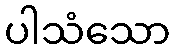
ပါသံသော